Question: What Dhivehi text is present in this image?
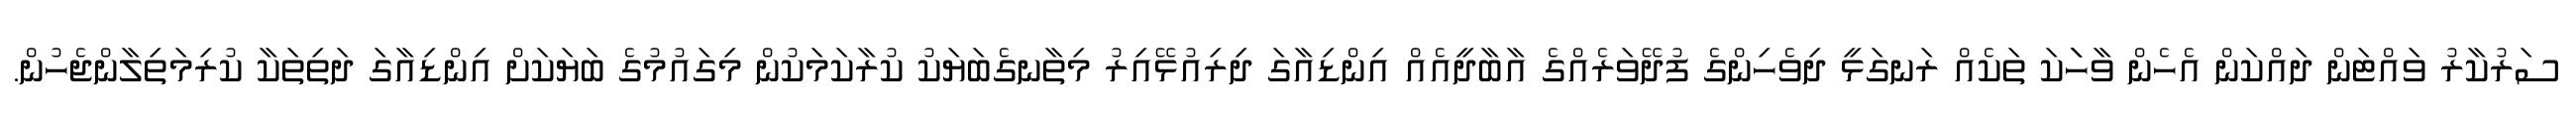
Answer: ސަރުކާރު ވައްޓަން ދައްކަން އެހެން ވާހަަކަ ތަކެއް ރަނގަޅީ ދިވެހިންގެ ފުދޭވަރެއްގެ އާބާދީއެއް އިންޑިއާގަ ދިރިއުޅޭއިރު މިތާނގެބަޔަކު ކުރާކަމަކުން މިގައުމުގެ ބަޔަކަށް އިންޑިއާގަ ދަތިތަކާ ކުރިމަތިލާންޖެހުން.